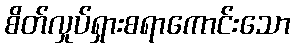
စိတ်လှုပ်ရှားစရာကောင်းသော